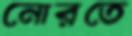
নোরতে